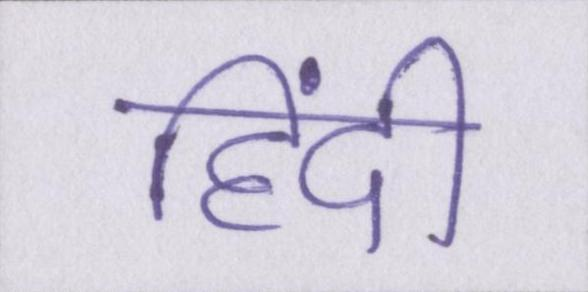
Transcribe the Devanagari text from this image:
हिंदी